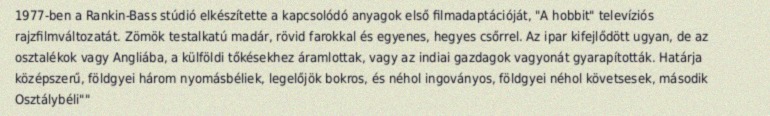
1977-ben a Rankin-Bass stúdió elkészítette a kapcsolódó anyagok első filmadaptációját, "A hobbit" televíziós rajzfilmváltozatát. Zömök testalkatú madár, rövid farokkal és egyenes, hegyes csőrrel. Az ipar kifejlődött ugyan, de az osztalékok vagy Angliába, a külföldi tőkésekhez áramlottak, vagy az indiai gazdagok vagyonát gyarapították. Határja középszerű, földgyei három nyomásbéliek, legelőjök bokros, és néhol ingoványos, földgyei néhol követsesek, második Osztálybéli""